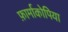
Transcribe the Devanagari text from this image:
फ़ार्माकोपिया